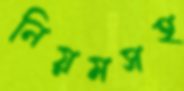
নিয়মসহ